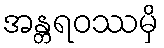
အန္တရဝဿမှိ